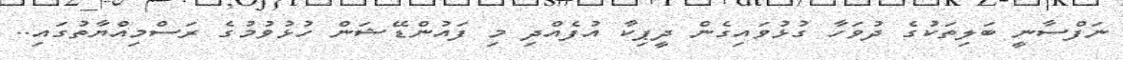
ނަފްސާނީ ބަލިތަކުގެ ދުވަހާ ގުޅުވައިގެން ދީޕިކާ އުފެއްދި މި ފައުންޑޭޝަން ހުޅުވުމުގެ ރަސްމިއްޔާތުގައި..